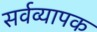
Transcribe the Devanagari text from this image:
सर्वव्‍यापक